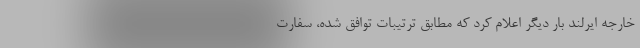
خارجه ایرلند بار دیگر اعلام کرد که مطابق ترتیبات توافق شده، سفارت